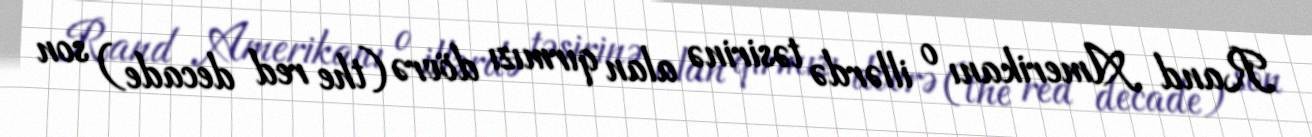
Rand Amerikanı o illərdə təsirinə alan qırmızı dövrə (the red decade) son